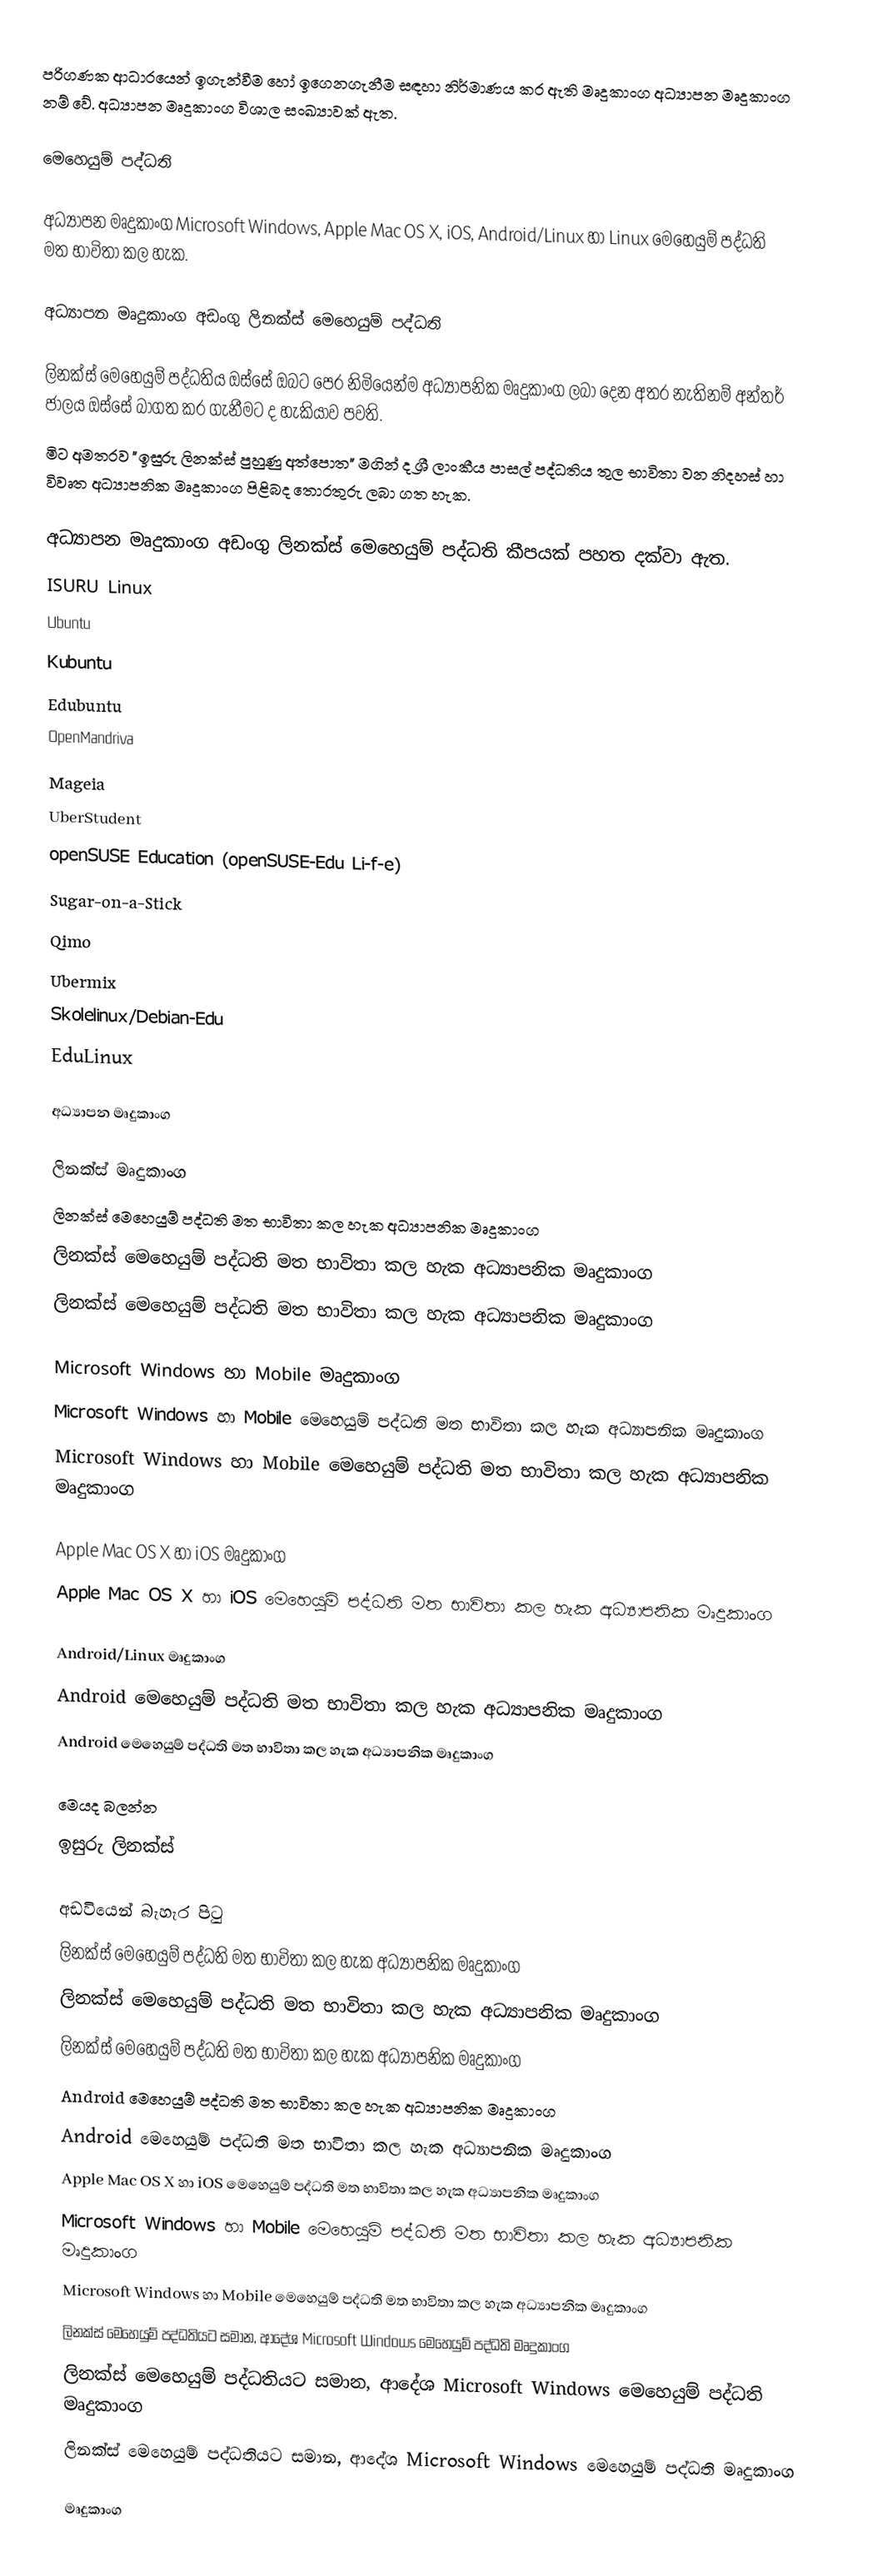
පරිගණක ආධාරයෙන් ඉගැන්වීම හෝ ඉගෙනගැනීම සඳහා නිර්මාණය කර ඇති මෘදුකාංග අධ්‍යාපන මෘදුකාංග නම් වේ.  අධ්‍යාපන මෘදුකාංග විශාල සංඛ්‍යාවක්‍ ඇත.

මෙහෙයුම් පද්ධති

අධ්‍යාපන මෘදුකාංග Microsoft Windows, Apple Mac OS X, iOS, Android/Linux හා Linux මෙහෙයුම් පද්ධති මත භාවිතා කල හැක.

අධ්‍යාපන මෘදුකාංග අඩංගු ලිනක්ස් මෙහෙයුම් පද්ධති

ලිනක්ස් මෙහෙයුම් පද්ධතිය ඔස්සේ ඔබට පෙර නිමියෙන්ම අධ්‍යාපනික මෘදුකාංග ලබා දෙන අතර නැතිනම් අන්තර් ජාලය ඔස්සේ බාගත කර ගැනීමට ද හැකියාව පවති.
මිට අමතරව "ඉසුරු ලිනක්ස් පුහුණු අත්පොත" මගින් ද ශ්‍රී ලාංකීය පාසල් පද්ධතිය තුල භාවිතා වන නිදහස් හා විවෘත අධ්‍යාපනික මෘදුකාංග පිළිබද තොරතුරු ලබා ගත හැක.

අධ්‍යාපන මෘදුකාංග අඩංගු ලිනක්ස් මෙහෙයුම් පද්ධති කීපයක් පහත දක්වා ඇත.
 ISURU Linux
 Ubuntu
 Kubuntu
 Edubuntu
 OpenMandriva
 Mageia
 UberStudent
 openSUSE Education (openSUSE-Edu Li-f-e)
 Sugar-on-a-Stick
 Qimo
 Ubermix
 Skolelinux/Debian-Edu
 EduLinux

අධ්‍යාපන මෘදුකාංග

ලිනක්ස් මෘදුකාංග
 ලිනක්ස් මෙහෙයුම් පද්ධති මත භාවිතා කල හැක අධ්‍යාපනික මෘදුකාංග
 ලිනක්ස් මෙහෙයුම් පද්ධති මත භාවිතා කල හැක අධ්‍යාපනික මෘදුකාංග
 ලිනක්ස් මෙහෙයුම් පද්ධති මත භාවිතා කල හැක අධ්‍යාපනික මෘදුකාංග

Microsoft Windows හා Mobile මෘදුකාංග
 Microsoft Windows හා Mobile මෙහෙයුම් පද්ධති මත භාවිතා කල හැක අධ්‍යාපනික මෘදුකාංග
 Microsoft Windows හා Mobile මෙහෙයුම් පද්ධති මත භාවිතා කල හැක අධ්‍යාපනික මෘදුකාංග

Apple Mac OS X හා iOS මෘදුකාංග
 Apple Mac OS X හා iOS මෙහෙයුම් පද්ධති මත භාවිතා කල හැක අධ්‍යාපනික මෘදුකාංග

Android/Linux මෘදුකාංග
 Android මෙහෙයුම් පද්ධති මත භාවිතා කල හැක අධ්‍යාපනික මෘදුකාංග
 Android මෙහෙයුම් පද්ධති මත භාවිතා කල හැක අධ්‍යාපනික මෘදුකාංග

මෙයද බලන්න
 ඉසුරු ලිනක්ස්

අඩවියෙන් බැහැර පිටු
 ලිනක්ස් මෙහෙයුම් පද්ධති මත භාවිතා කල හැක අධ්‍යාපනික මෘදුකාංග
 ලිනක්ස් මෙහෙයුම් පද්ධති මත භාවිතා කල හැක අධ්‍යාපනික මෘදුකාංග
 ලිනක්ස් මෙහෙයුම් පද්ධති මත භාවිතා කල හැක අධ්‍යාපනික මෘදුකාංග
 Android මෙහෙයුම් පද්ධති මත භාවිතා කල හැක අධ්‍යාපනික මෘදුකාංග
 Android මෙහෙයුම් පද්ධති මත භාවිතා කල හැක අධ්‍යාපනික මෘදුකාංග
 Apple Mac OS X හා iOS මෙහෙයුම් පද්ධති මත භාවිතා කල හැක අධ්‍යාපනික මෘදුකාංග
 Microsoft Windows හා Mobile මෙහෙයුම් පද්ධති මත භාවිතා කල හැක අධ්‍යාපනික මෘදුකාංග
 Microsoft Windows හා Mobile මෙහෙයුම් පද්ධති මත භාවිතා කල හැක අධ්‍යාපනික මෘදුකාංග
 ලිනක්ස් මෙහෙයුම් පද්ධතියට සමාන, ආදේශ Microsoft Windows මෙහෙයුම් පද්ධති මෘදුකාංග
 ලිනක්ස් මෙහෙයුම් පද්ධතියට සමාන, ආදේශ Microsoft Windows මෙහෙයුම් පද්ධති මෘදුකාංග
 ලිනක්ස් මෙහෙයුම් පද්ධතියට සමාන, ආදේශ Microsoft Windows මෙහෙයුම් පද්ධති මෘදුකාංග

මෘදුකාංග